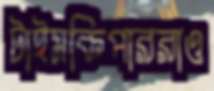
টাইমকিপাররাও